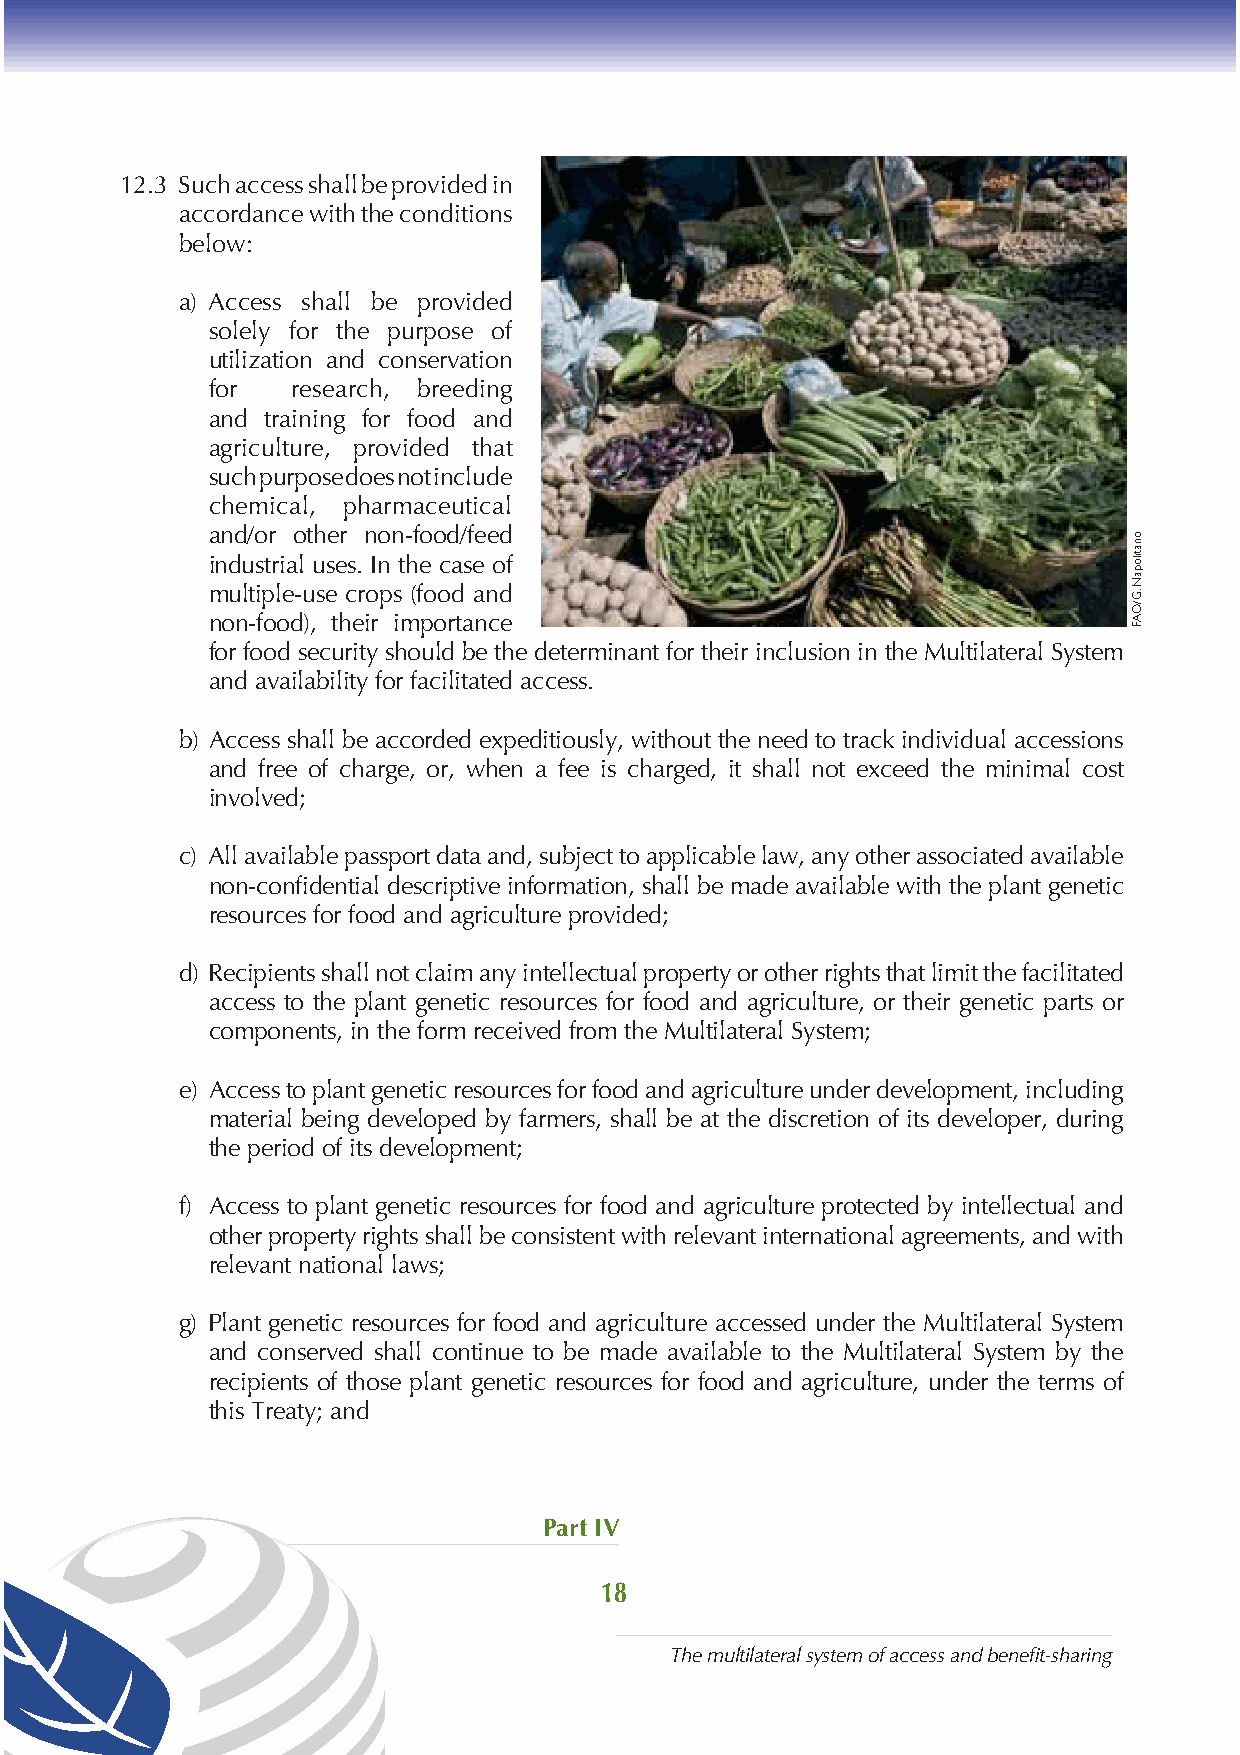
12.3 Such access shall be provided in
 accordance with the conditions
 below:
 a) Access shall be provided
 solely for the purpose of
 utilization and conservation
 for  research, breeding
 and training for food and
 agriculture, provided that
 such purpose does not include
 chemical, pharmaceutical
 and/or other non-food/feed
 industrial uses. In the case of
 multiple-use crops (food and
 non-food), their importance
 for food security should be the determinant for their inclusion in the Multilateral System
 and availability for facilitated access.
 b) Access shall be accorded expeditiously, without the need to track individual accessions
 and free of charge, or, when a fee is charged, it shall not exceed the minimal cost
 involved;
 c) All available passport data and, subject to applicable law, any other associated available
 non-confidential descriptive information, shall be made available with the plant genetic
 resources for food and agriculture provided;
 d) Recipients shall not claim any intellectual property or other rights that limit the facilitated
 access to the plant genetic resources for food and agriculture, or their genetic parts or
 components, in the form received from the Multilateral System;
 e) Access to plant genetic resources for food and agriculture under development, including
 material being developed by farmers, shall be at the discretion of its developer, during
 the period of its development;
 f) Access to plant genetic resources for food and agriculture protected by intellectual and
 other property rights shall be consistent with relevant international agreements, and with
 relevant national laws;
 g) Plant genetic resources for food and agriculture accessed under the Multilateral System
 and conserved shall continue to be made available to the Multilateral System by the
 recipients of those plant genetic resources for food and agriculture, under the terms of
 this Treaty; and
 Part IV
 18
 The multilateral system of access and benefit-sharing
 onatilopaN
 .G/OAF